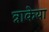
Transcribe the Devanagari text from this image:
त्राकेया